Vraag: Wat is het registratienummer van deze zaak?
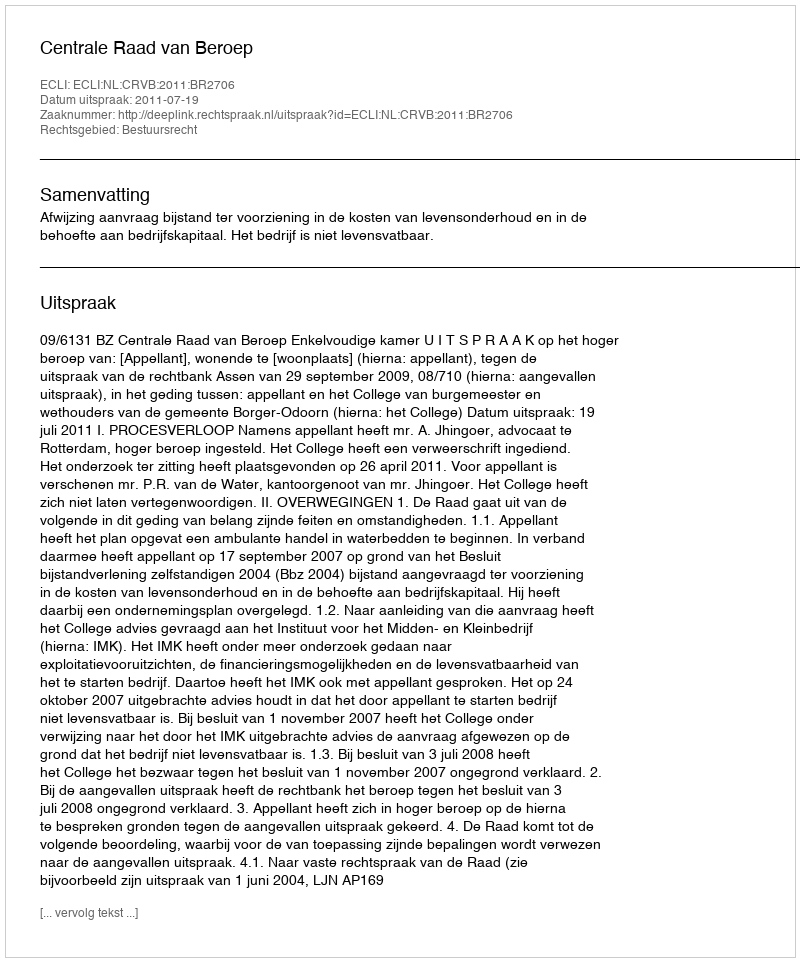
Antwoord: http://deeplink.rechtspraak.nl/uitspraak?id=ECLI:NL:CRVB:2011:BR2706